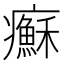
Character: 𤼀